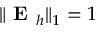
\Vert \textbf { E } _ { h } \Vert _ { 1 } = 1